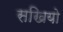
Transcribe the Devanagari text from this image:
सखियो